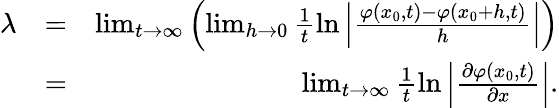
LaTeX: \begin{array}{rlr}{\lambda}&{=}&{\operatorname*{lim}_{t\to\infty}\left(\operatorname*{lim}_{h\to 0}\frac{1}{t}\ln\left|\frac{\varphi(x_{0},t)-\varphi(x_{0}+h,t)}{h}\right|\right)}\\ &{=}&{\operatorname*{lim}_{t\to\infty}\frac{1}{t}\ln\left|\frac{\partial\varphi(x_{0},t)}{\partial x}\right|.}\end{array}